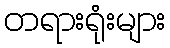
တရားရုံးများ